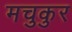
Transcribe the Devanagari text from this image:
मचुकुर